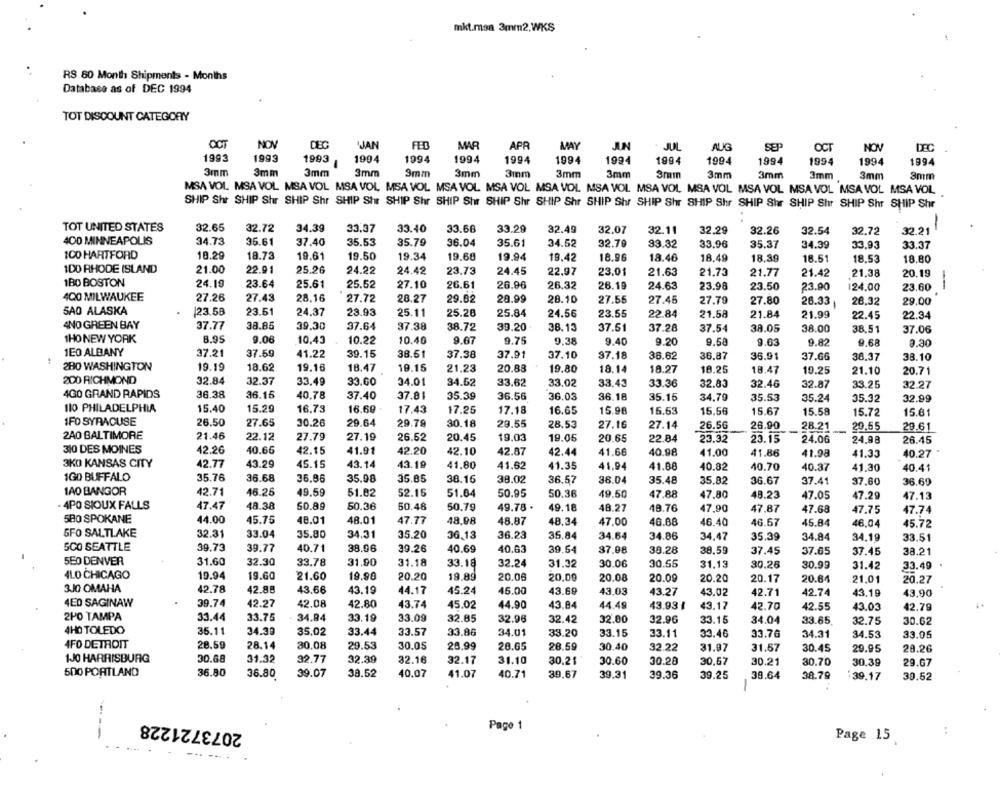
mkt.maa 3mm2,WKS
RS 80 Month Shipments - Months
Database as of DEC 1994
TOT DISCOUNT CATEGORY
OCT
NOV
DEC
JAN
FED
MAR
APR
MAY
JUN
- JUL
AUG
SEP
OCT
NOV
DEC
1993
1993
1994
1994
1994
1994
1993
1994
1994
1994
1994
1994
1994
1994
1994
3mm
3mm
3mm
3mm
9mm
3mm
3mm
3mm
3mm
3mm
3mm
3mm
3mm
3mm
3mm
MSA VOL MSA VOL MSA VOL MSA VOL MSA VOL MSA VOL MSA VOL MSA VOL MSA VOL MSA VOL MSA VOL MSA VOL MSA VOL MSA VOL MSA VOL
SHIP Shr SHIP Shr SHIP Shr SHIP Shr SHIP Shr SHIP Shr SHIP Shr SHIP Shr SHIP Shr SHIP Shr SHIP Shr SHIP Shr SHIP Shr SHIP Shr SHIP Shr
TOT UNITED STATES
32.65
32.72
34.39
33,37
33.40
33.66
33.29
32.49
32.07
32.11
32,29
32.54
1
32.26
32.72
32.21
400 MINNEAPOLIS
34.73
35.61
37.40
35.53
35.79
36.04
35.61
34.52
32.79
33.32
33.96
35.37
34.39
33.93
33.37
100 HARTFORD
18.29
18.73
19.61
19.50
19.34
19.68
19.94
19.42
18.96
18.46
18.49
18,39
18.51
18.53
18.80
100 RHODE ISLAND
21.00
22.91
25.26
24.22
24.42
23.73
24.45
22,97
23.01
21.63
21.73
21.77
21.42
21.38
20.19
1BO BOSTON
24.10
23.64
25.61
25.52
27.10
26.61
26.96
26.32
26.19
24.63
23.98
23.50
23.90
124.00
--
23.60
400 MILWAUKEE
27.26
27.43
28.16
27.72
28.27
29.82
28.99
28.10
27.55
27.46
27.79
27.80
28.33
28.32
29.00
SAO ALASKA
23.58
23.61
24.37
23.93
25.11
25.28
25.84
24.56
23.55
22.84
21.58
21.84
21.99
22.45
22.34
4NO GREEN BAY
38.85
37.77
39.30
37.64
37.38
38.72
39.20
38.13
37.51
37.28
37.54
38.05
38.00
38.51
37.06
1HO NEW YORK
8.95
9.06
10,43
10.22
10.40
9.67
9.75
9.38
9.40
9.20
9.58
9.03
9.82
9.68
9.30
1EO ALBANY
37.21
37.69
41.22
39.15
38.61
37.38
37.91
37.10
37.18
36.62
36,87
36.91
37.66
38.37
38.10
280 WASHINGTON
19.19
18.62
19.16
18.47
19.15
21,23
20.88
19.80
18.14
18.27
18.25
18.47
19.25
21.10
20.71
200 RICHMOND
32.84
32.37
33.49
33.60
34.01
34.62
33.62
33.02
33,43
33.36
32.83
32.46
32.87
33.25
32.27
4GO GRAND RAPIDS
36.38
36.16
40.78
37.40
37.81
35.39
36.56
36.03
36.18
35.15
34.79
35.53
35.24
35.32
32.99
110 PHILADELPHIA
15.40
15.29
16.73
16,60
17,43
17.25
17.18
16.65
15.98
15.63
15.56
15.67
15.58
15.72
15.61
1FO SYRACUSE
26.50
27.65
30.26
29.64
29.79
30.18
29.55
28.53
27.16
27.14
26.56
28.90
28.21
29.55
29.61
2A0 BALTIMORE
21.46
22.12
27.79
27.19
26.62
20.45
19.03
19.06
20.65
22.84
23.32
23.15
24.06
24.98
26.45
310 DES MOINES
42.26
40.66
42.15
41.91
42.20
42.10
42.87
42.44
41.66
40.98
41.00
41.86
41.98
41.33
40.27
3KO KANSAS CITY
42.77
43.29
45.15
43.14
43.19
41.80
41.62
41.35
41.94
41.88
40.82
40.70
40.37
41.30
40.41
IGO BUFFALO
35.76
36.68
36.96
35.98
35.85
38.16
38.02
36,57
38.04
35.48
35.82
36.67
37.41
37.60
36.60
1AO BANGOR
42.71
46.25
49.59
51.82
52.15
51.64
50.95
50,36
49.50
47.88
47.80
48.23
47.05
47.29
47.13
· 4PO SIOUX FALLS
47.47
48.38
50.89
50.36
50.46
50.79
49.78 .
49.18
48.27
48.76
47,90
47.87
47.68
47.75
47.74
580 SPOKANE
44.00
45.75
48.01
48.01
47.77
48,98
48.87
48,34
47.00
48.68
46.40
46.67
45.84
46,04
45.72
SFO SALTLAKE
32.31
33.04
35.80
34.31
35.20
36,13
36.23
35.84
34.64
34.86
34,47
35.39
34.84
34.19
33.51
SCO SEATTLE
39.73
39.77
40.71
38.96
39.26
40.69
40.63
39.54
37.08
30.28
38,59
37.45
37.65
37.45
38.21
550 DENVER
31.60
32.30
33.78
31.90
31.18
32.24
30.55
31.13
30.26
33.18
31.32
30.06
30.99
31.42
33.49 .
4LO CHICAGO
19.94
19.60
21.60
19.90
20.20
19.89
20.06
20,00
20.08
20.09
20.20
20.17
20.64
21.01
20.27
3JO OMAHA
42.78
42.88
43.66
43.19
44.17
45.24
15.00
43.69
43,03
43.27
43.02
42.71
42.74
43.19
43.90
4ED SAGINAW
39.74
42.27
42.08
42.80
43.74
45.02
44.90
43.84
44.49
43.93 I
43.17
42.70
42.55
43.03
42.79
2PO TAMPA
33.44
33.75
34.84
33.19
33.09
32.85
32.96
32.42
32.80
32.96
33.15
34.04
33.65
32.75
30.62
4HO TOLEDO
35.11
34.30
35.02
33.44
33.57
33.86
34.01
33.20
33.15
33.11
33.46
33.76
34.31
34.53
33.05
AFO DETROIT
28.59
28.14
30.08
29.53
30.05
28.99
20.65
28.59
30.40
32.22
31.07
31.67
30.45
29.95
28.26
1J0 HARRISBURG
30.68
31.32
32.77
32.39
32.16
32.17
31.10
30.21
30.60
30.20
30,67
30.21
30.70
30.39
29.07
500 PORTLAND
36.80
38.52
40.07
36.80
39.07
41.07
40.71
39.67
39.31
39.36
39.25
38.64
38.79
39.17
39.52
-
2073721228
Page 1
-
Page 15